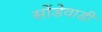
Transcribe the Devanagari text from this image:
सोंडेवाडी